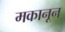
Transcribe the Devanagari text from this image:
मकानून